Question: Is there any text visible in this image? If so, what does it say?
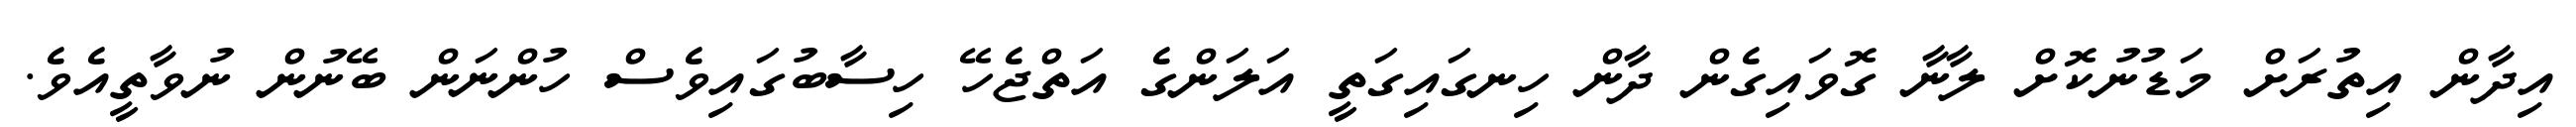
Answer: އިދާން އިތުރަށް މަޑުނުކޮށް ލާނާ ގޮވައިގެން ދާން ހިނގައިގަތީ އަލަންގެ އަތްޖެހޭ ހިސާބުގައިވެސް ހުންނަން ބޭނުން ނުވާތީއެވެ.